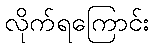
လိုက်ရကြောင်း